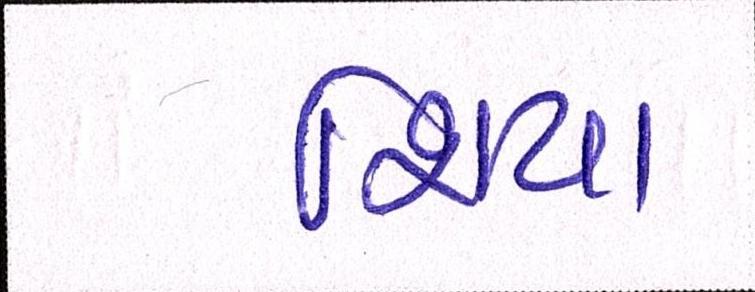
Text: શિયા